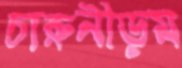
চারুনীড়ম